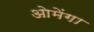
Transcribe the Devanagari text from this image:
ओमेंगा